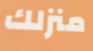
منزلك